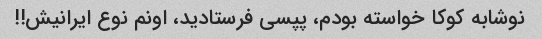
نوشابه کوکا خواسته بودم، پپسی فرستادید، اونم نوع ایرانیش!!